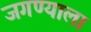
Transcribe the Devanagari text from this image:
जगण्याला